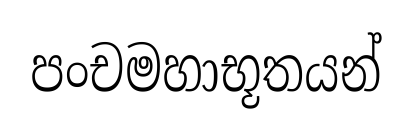
පංචමහාභූතයන්